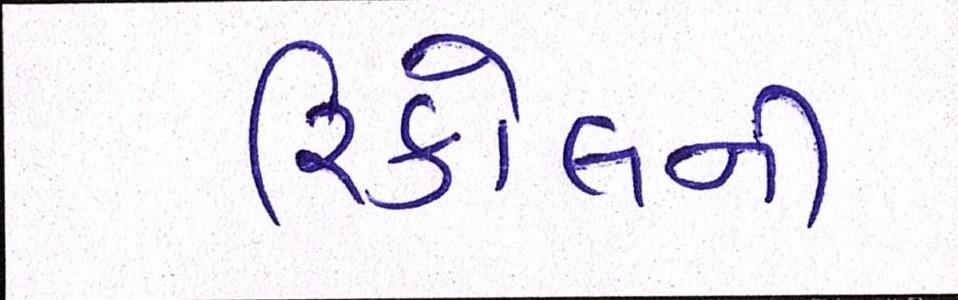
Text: રિકોલની